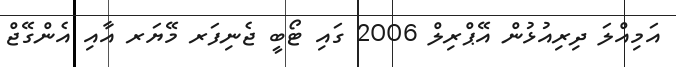
އަމިއްލަ ދިރިއުޅުން އޭޕްރިލް 2006 ގައި ޓޯބީ ޖެނިފަރ މޭޔަރ އާއި އެންގޭޖް